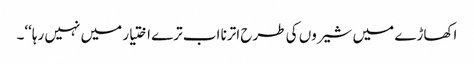
اکھاڑے میں شیروں کی طرح اترنا اب ترے اختیار میں نہیں رہا‘‘۔